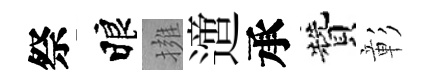
祭睱擁𨗁承贊彰